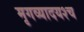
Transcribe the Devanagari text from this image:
मृगव्यादयश्च